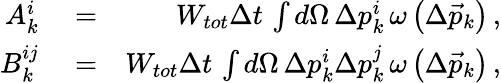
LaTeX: \begin{array}{rlr}{A_{k}^{i}}&{{}=}&{W_{tot}\Delta t\, \int d\Omega\, \Delta p_{k}^{i}\, \omega\left(\Delta\vec{p}_{k}\right)\, ,}\\ {B_{k}^{ij}}&{{}=}&{W_{tot}\Delta t\, \int d\Omega\, \Delta p_{k}^{i}\Delta p_{k}^{j}\, \omega\left(\Delta\vec{p}_{k}\right)\, ,}\end{array}